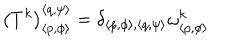
LaTeX: \left( T ^ { k } \right) _ { \left\langle p , \phi \right\rangle } ^ { \left\langle q , \psi \right\rangle } = \delta _ { \left\langle p , \phi \right\rangle , \left\langle q , \psi \right\rangle } \omega _ { \left\langle p , \phi \right\rangle } ^ { k }